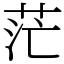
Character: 茫